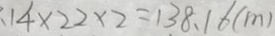
1 4 \times 2 2 \times 2 = 1 3 8 . 1 6 ( m )